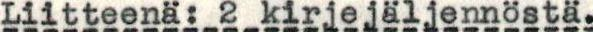
Liitteenä: 2 kirjejäljennöstä.